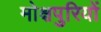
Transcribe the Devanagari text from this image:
मोक्षपुरियों